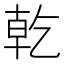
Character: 乾